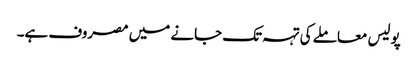
پولیس معاملے کی تہہ تک جانے میں مصروف ہے۔